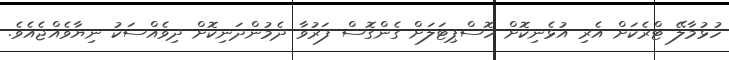
ހުޅުމާލޭ ޓްރެކަށް އެރި އުޅެނިކޮށް ހޮސްޕިޓަލަށް ގެންގޮސް ފަރުވާ ދެމުންދަނިކޮށް ދިވެއްސަކު ނިޔާވެއްޖެއެވެ.